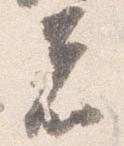
者